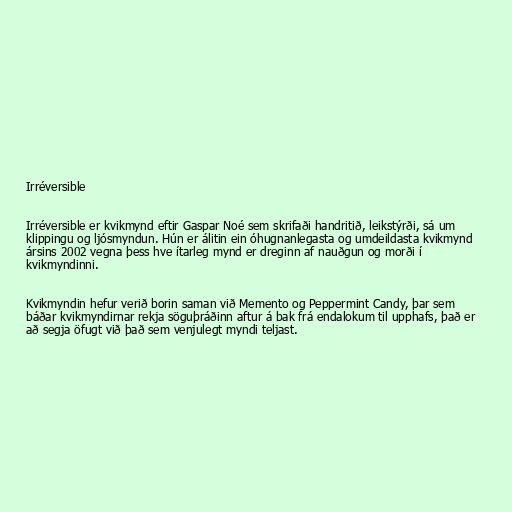
Irréversible

Irréversible er kvikmynd eftir Gaspar Noé sem skrifaði handritið, leikstýrði, sá um
klippingu og ljósmyndun. Hún er álitin ein óhugnanlegasta og umdeildasta kvikmynd
ársins 2002 vegna þess hve ítarleg mynd er dreginn af nauðgun og morði í
kvikmyndinni.

Kvikmyndin hefur verið borin saman við Memento og Peppermint Candy, þar sem
báðar kvikmyndirnar rekja söguþráðinn aftur á bak frá endalokum til upphafs, það er
að segja öfugt við það sem venjulegt myndi teljast.